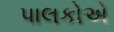
પાલકોએ